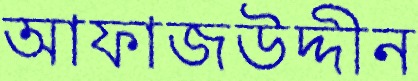
আফাজউদ্দীন